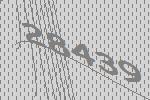
28439